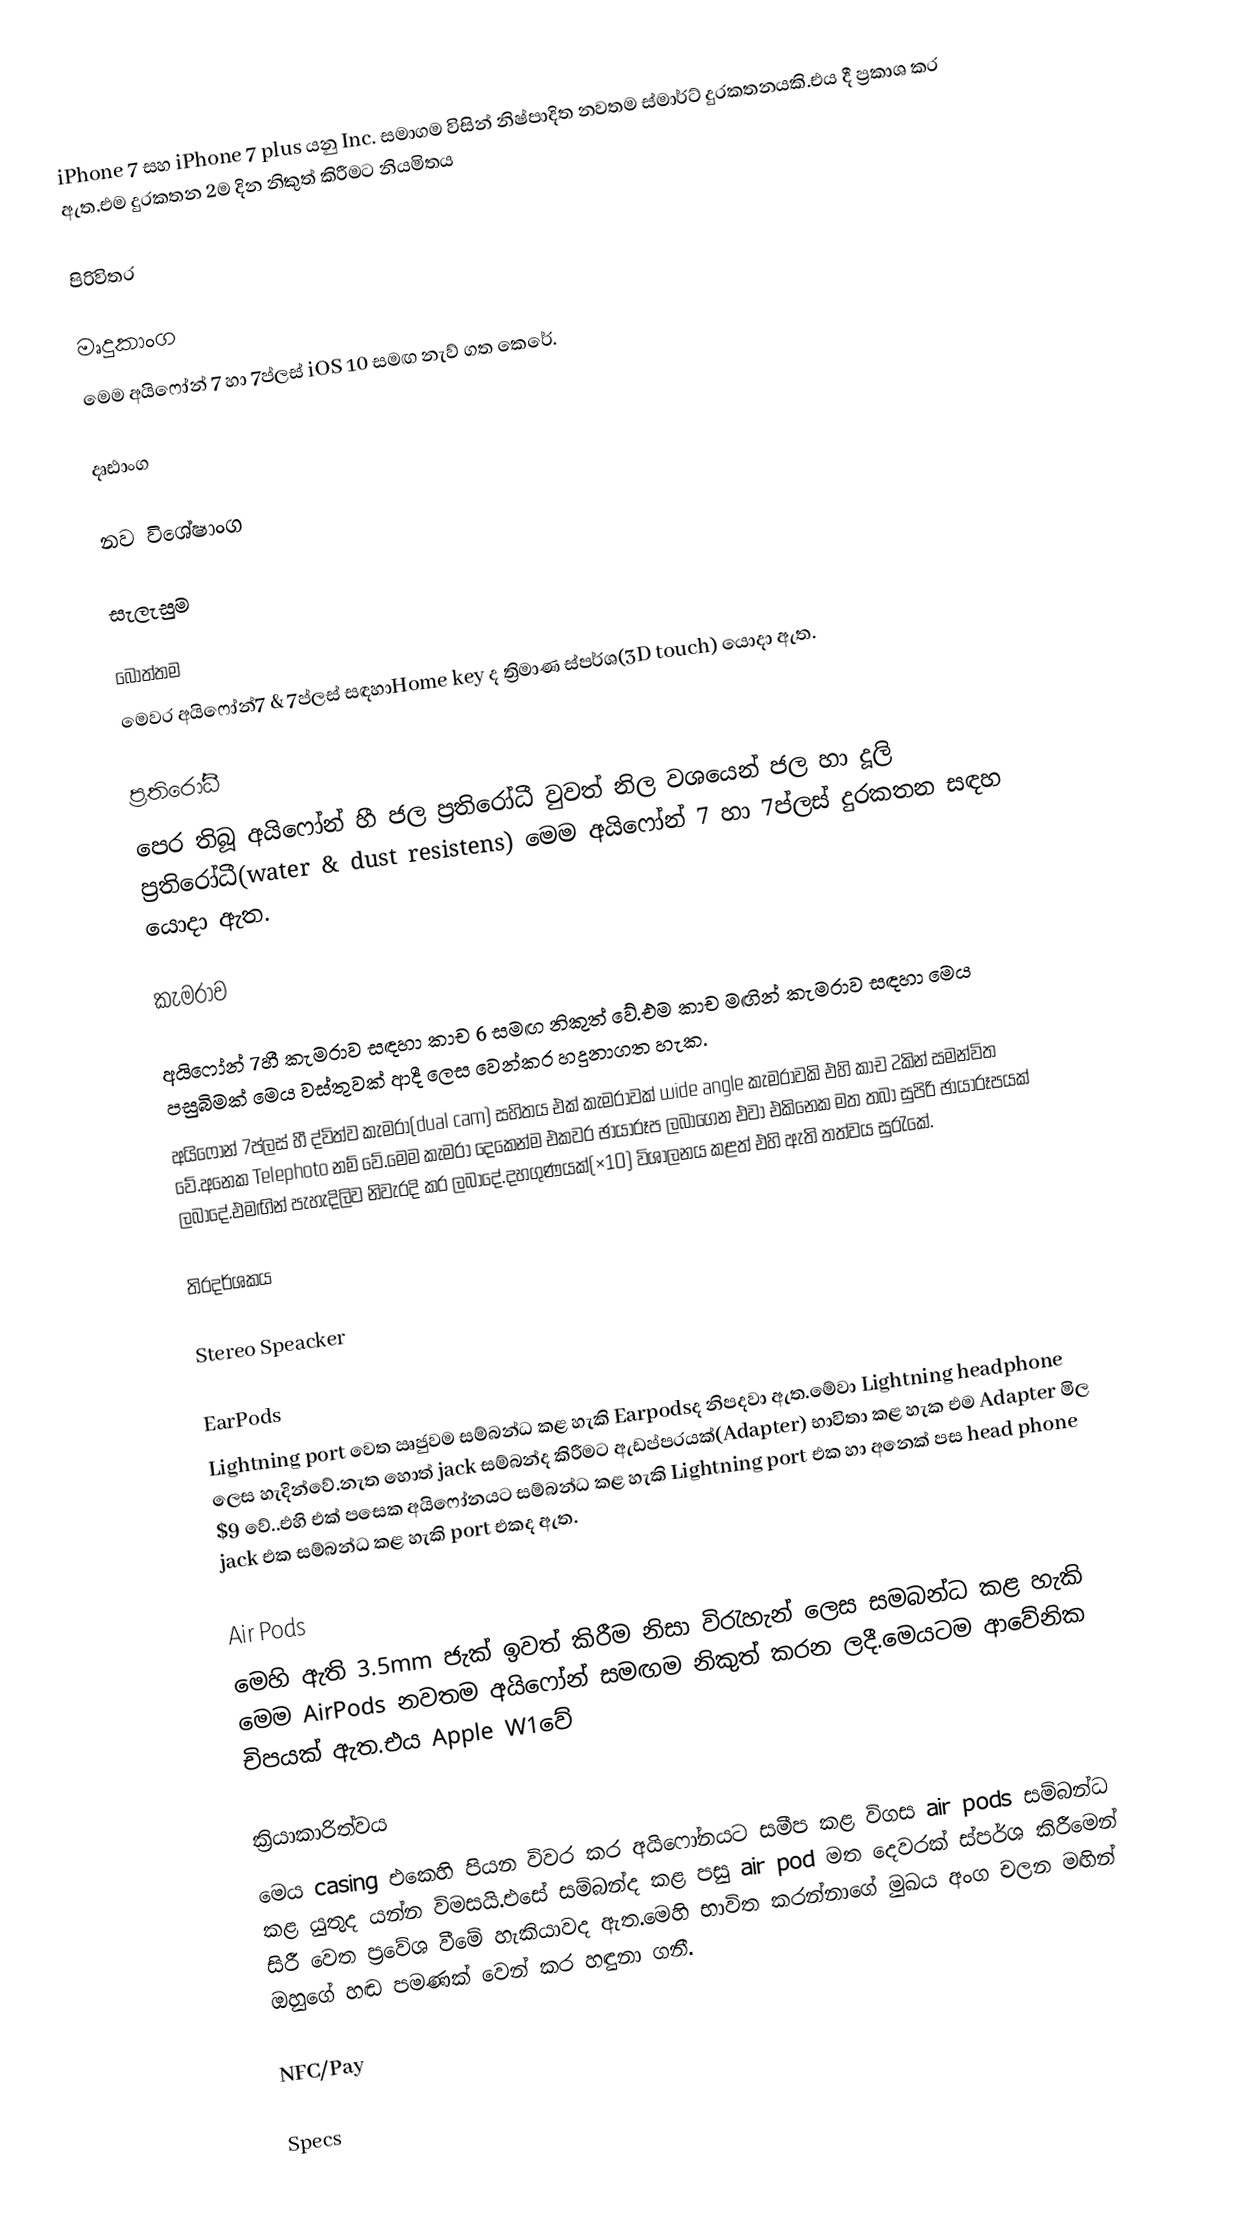
iPhone 7 සහ iPhone 7 plus යනු Inc. සමාගම විසින් නිෂ්පාදිත නවතම ස්මාර්ට් දුරකතනයකි.එය දී ප්‍රකාශ කර ඇත.එම දුරකතන 2ම  දින නිකුත් කිරීමට නියමිතය

පිරිවිතර

මෘදුකාංග
මෙම අයිෆෝන් 7 හා 7ප්ලස් iOS 10 සමඟ නැව් ගත කෙරේ.

දෘඪාංග

නව විශේෂාංග

සැලැසුම

බොත්තම
මෙවර අයිෆෝන්7 & 7ප්ලස් සඳහාHome key ද ත්‍රිමාණ ස්පර්ශ(3D touch) යොදා ඇත.

ප්‍රතිරෝධී
පෙර තිබූ අයිෆෝන් හී ජල ප්‍රතිරෝධී වුවත් නිල වශයෙන් ජල හා දූලි ප්‍රතිරෝධී(water & dust resistens) මෙම අයිෆෝන් 7 හා 7ප්ලස් දුරකතන සඳහ යොදා ඇත.

කැමරාව

අයිෆෝන් 7හී කැමරාව සඳහා කාච 6 සමඟ නිකුත් වේ.එම කාච මඟින් කැමරාව සඳහා මෙය පසුබිමක් මෙය වස්තුවක් ආදී ලෙස වෙන්කර හදුනාගත හැක.
 අයිෆෝන් 7ප්ලස් හී ද්විත්ව කැමරා(dual cam) සහිතය එක් කැමරාවක් wide angle කැමරාවකි එහි කාච 2කින් සමන්විත වේ.අනෙක Telephoto නම් වේ.මෙම කැමරා දෙකෙන්ම එකවර ඡායාරූප ලබාගෙන එවා එකිනෙක මත තබා සුපිරි ඡායාරූපයක් ලබාදේ.එමඟින් පැහැදිලිව නිවැරදි කර ලබාදේ.දහගුණයක්(×10) විශාලනය කළත් එහි ඇති තත්වය සුරැකේ.

තිරදර්ශකය

Stereo Speacker

EarPods
Lightning port වෙත ඍජුවම සම්බන්ධ කළ හැකි Earpodsද නිපදවා ඇත.මේවා Lightning headphone ලෙස හැදින්වේ.නැත හොත් jack සම්බන්ද කිරීමට ඇඩප්පරයක්(Adapter) භාවිතා කළ හැක එම Adapter මිල $9 වේ..එහි එක් පසෙක අයිෆෝනයට සම්බන්ධ කළ හැකි Lightning port එක හා අනෙක් පස head phone jack එක සම්බන්ධ කළ හැකි port එකද ඇත.

Air Pods
මෙහි ඇති 3.5mm ජැක් ඉවත් කිරීම නිසා විරැහැන් ලෙස සමබන්ධ කළ හැකි මෙම  AirPods නවතම අයිෆෝන් සමඟම නිකුත් කරන ලදී.මෙයටම ආවේනික චිපයක් ඇත.එය Apple W1වේ

ක්‍රියාකාරිත්වය
මෙය casing එකෙහි පියන විවර කර අයිෆෝනයට සමීප කළ විගස air pods සම්බන්ධ කළ යුතුද යන්න විමසයි.එසේ සම්බන්ද කළ පසු air pod මත දෙවරක් ස්පර්ශ කිරීමෙන් සිරී වෙත ප්‍රවේශ වීමේ හැකියාවද ඇත.මෙහි භාවිත කරන්නාගේ මුඛය අංග චලන මඟින් ඔහුගේ හඬ පමණක් වෙන් කර හඳුනා ගනී.

NFC/Pay

Specs